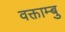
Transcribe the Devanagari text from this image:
वक्ताम्बु